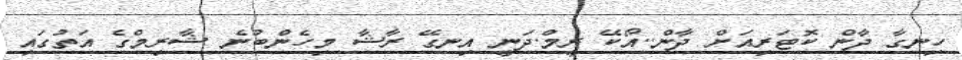
ހިނގާ ދާން ކޮޓަރިއަށް ދާން..އޯކޭ ރީމް.ދަނީ އިނގޭ ރާޝާ މިހެންބުނެ ޝާރިމްގެ އަތުގައި